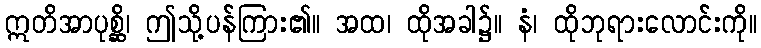
ဣတိအာပုစ္ဆိ၊ ဤသို့ပန်ကြား၏။ အထ၊ ထိုအခါ၌။ နံ၊ ထိုဘုရားလောင်းကို။